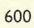
600